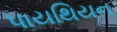
પાયથિયન